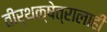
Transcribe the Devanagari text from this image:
तीर्थक्षेत्रालाही